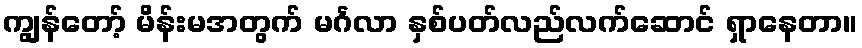
ကျွန်တော့် မိန်းမအတွက် မင်္ဂလာ နှစ်ပတ်လည်လက်ဆောင် ရှာနေတာ။